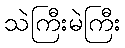
သဲကြီးမဲကြီး